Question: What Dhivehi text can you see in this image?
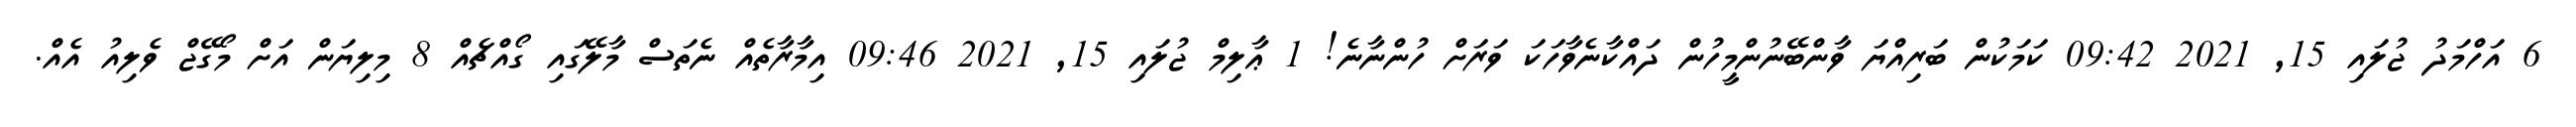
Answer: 6 އަހްމަދު ޖުލައި 15, 2021 09:42 ކަމަކުން ބަރިއްޔަ ވާންބޭނުންމީހުން ދައްކާނެވާހަކަ ވަރަށް ހުންނާނެ! 1 ޢާލިމް ޖުލައި 15, 2021 09:46 އިމާރާތެއް ނެތަސް މާލޭގައި ގޯއްޗެއް 8 މިލިޔަން އަށް މޯގޭޖް ވެލިއު އެއް.